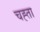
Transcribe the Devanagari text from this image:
चह्ता